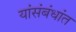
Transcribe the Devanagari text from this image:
यांसंबंधांत